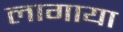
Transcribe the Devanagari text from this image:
लागाया